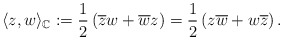
\begin{align*}\langle z , w \rangle_{\mathbb C}:= \frac{1}{2}\left( \overline z w + \overline w z \right)=\frac{1}{2}\left( z \overline w + w \overline z \right).\end{align*}